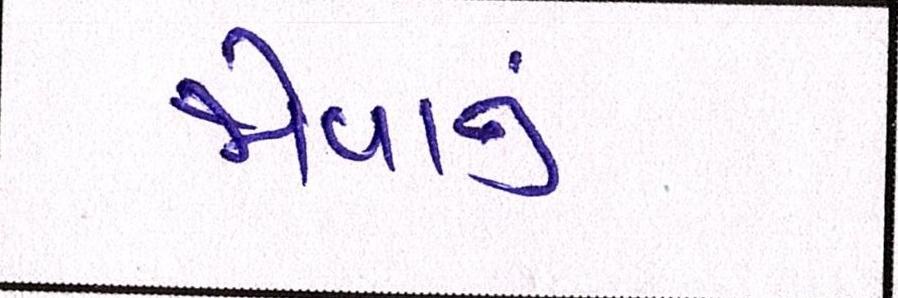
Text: જોવાનું